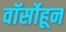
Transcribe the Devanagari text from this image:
वॉर्सोहून